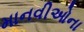
માનવીઓના